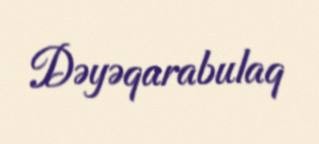
Dəyəqarabulaq